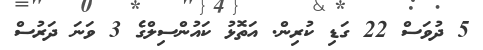
5 ދުވަސް 22 ގަޑި ކުރިން. އަތޮޅު ކައުންސިލްގެ 3 ވަނަ ދަރުސް